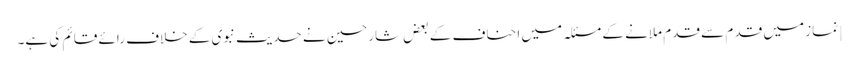
| نماز میں قد م سے قدم ملانے کے مسئلہ میں احناف کے بعض شارحین نے حدیث نبوی کے خلاف رائے قائم کی ہے۔